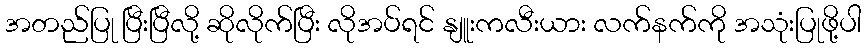
အတည်ပြု ပြီးပြီလို့ ဆိုလိုက်ပြီး လိုအပ်ရင် နျူးကလီးယား လက်နက်ကို အသုံးပြုဖို့ပါ